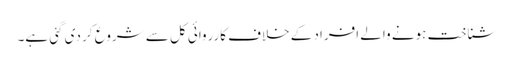
شناخت ہونے والے افراد کے خلاف کارروائی کل سے شروع کر دی گئی ہے۔